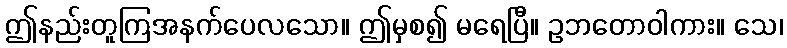
ဤနည်းတူကြအနက်ပေလသော။ ဤမှစ၍ မရေပြီ။ ဥဘတောဝါကား။ သေ၊